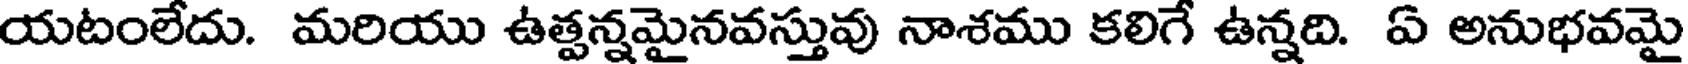
యటంలేదు. మరియు ఉత్పన్నమైనవస్తువు నాశము కలిగే ఉన్నది. ఏ అనుభవమై